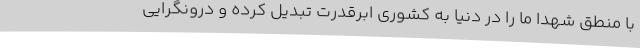
با منطق شهدا ما را در دنیا به کشوری ابرقدرت تبدیل کرده و درونگرایی